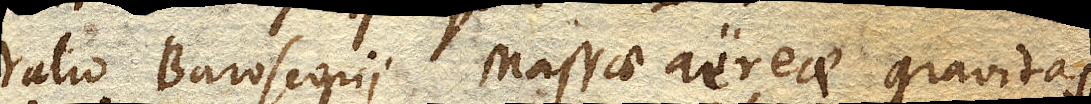
ratio Baroscopii massae aereae gravitas